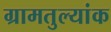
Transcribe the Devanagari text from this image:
ग्रामतुल्यांक